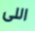
اللى